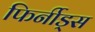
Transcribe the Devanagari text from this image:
फिर्नीड्स